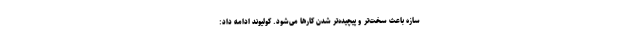
سازه باعث سخت‌تر و پیچیده‌تر شدن کارها می‌شود. کولیوند ادامه داد: